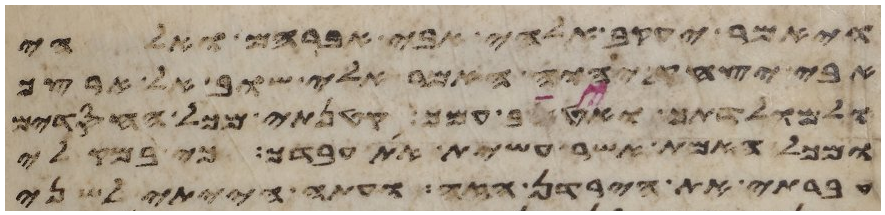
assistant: ויאמר יעקב אלהי אבי אברהם ואלהי
אבי יצחק יהוה אמר אלי שוב אל ארצך
ואל מולדתך ואטיב עמך קטנתי מכל החסדים
ומכל האמת אשר עשית את עבדך כי במקלי
עברתי את הירדן הזה ועתה הייתי לשני